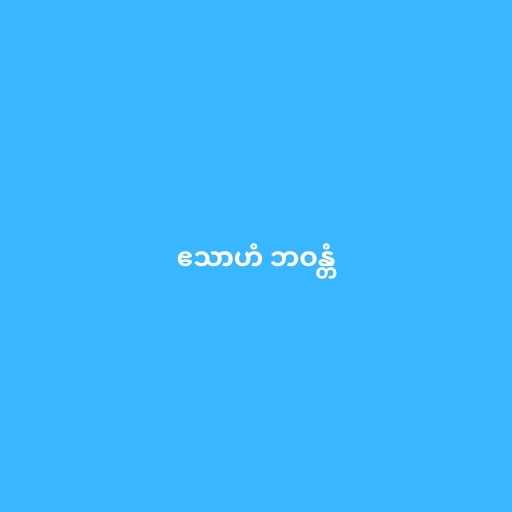
ဧသာဟံ ဘဝန္တံ